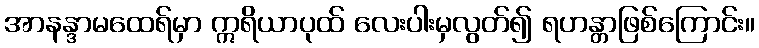
အာနန္ဒာမထေရ်မှာ ဣရိယာပုထ် လေးပါးမှလွတ်၍ ရဟန္တာဖြစ်ကြောင်း။